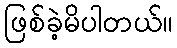
ဖြစ်ခဲ့မိပါတယ်။